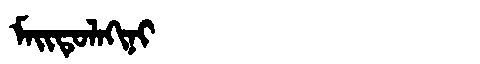
Manchu: ᠮᠠᡳᡨᡠᠯᠠᡴᡳᠨᡳ
Romanization: MAITULAKINI